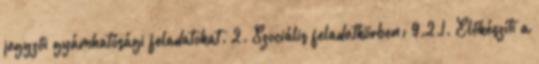
jegyzői gyámhatósági feladatokat. 2. Szociális feladatkörben: 9.2.1. Előkészíti a